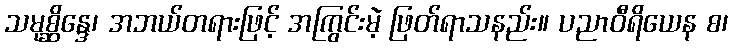
သမုစ္ဆိန္ဒေ၊ အဘယ်တရားဖြင့် အကြွင်းမဲ့ ဖြတ်ရာသနည်း။ ပညာဝီရိယေန စ၊